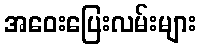
အဝေးပြေးလမ်းများ